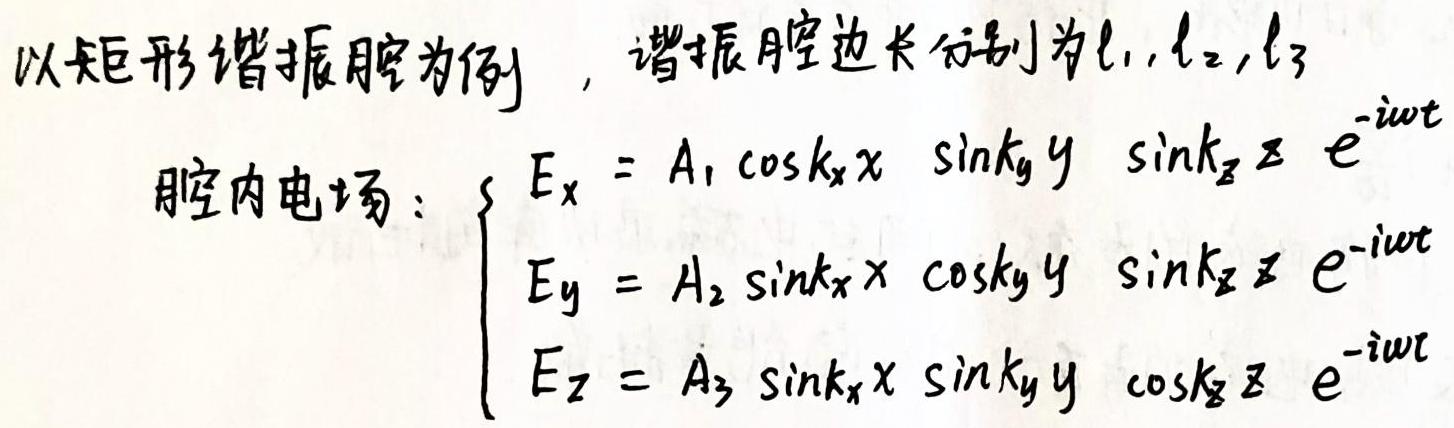
以矩形谐振腔为例，谐振腔边长分别为$l_1, l_2, l_3$
腔内电场：$\begin{cases} E_x = A_1 \cos k_x x \sin k_y y \sin k_z z e^{-i\omega t} \\ E_y = A_2 \sin k_x x \cos k_y y \sin k_z z e^{-i\omega t} \\ E_z = A_3 \sin k_x x \sin k_y y \cos k_z z e^{-i\omega t} \end{cases}$